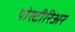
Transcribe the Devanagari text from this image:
पोस्टीरिअर